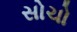
સોચો